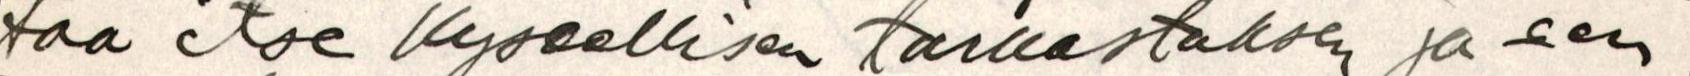
taa itse Kyseellisen tarkastuksen ja sen